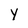
Character: Y